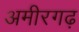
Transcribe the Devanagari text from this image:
अमीरगढ़